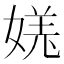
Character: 𫱎